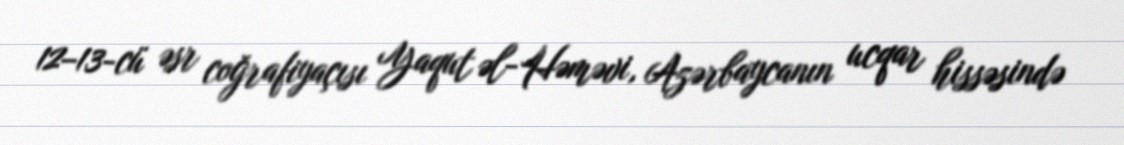
12–13-cü əsr coğrafiyaçısı Yaqut əl-Həməvi, Azərbaycanın ucqar hissəsində